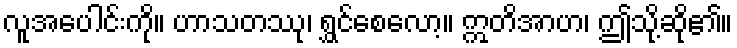
လူအပေါင်းကို။ ဟာသတဿု၊ ရွှင်စေလော့။ ဣတိအာဟ၊ ဤသို့ဆို၏။